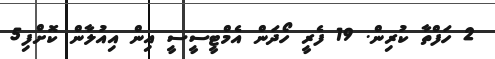
2 ހަފްތާ ކުރިން. 19 ފެރީ ހޯދަން އެމްޓީސީސީ އިން އިއުލާން ކޮށްފި5